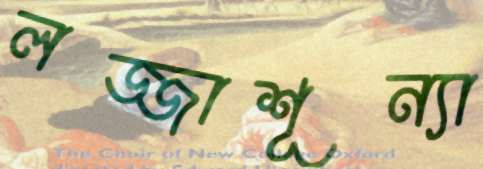
লজ্জাশূন্যা